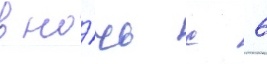
в но́чь с 6